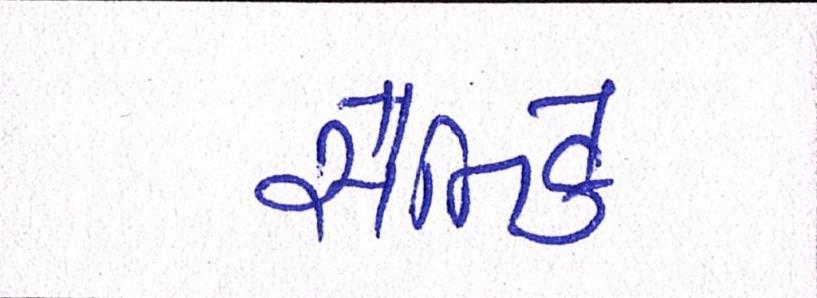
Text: સૈનિકે